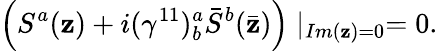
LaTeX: \left(S^{a}(\mathbf{z})+i(\gamma^{11})_{b}^{a}\bar{{S}}^{b}(\bar{{\mathbf{z}}})\right)\mid_{Im(\mathbf{z})=0}=0.